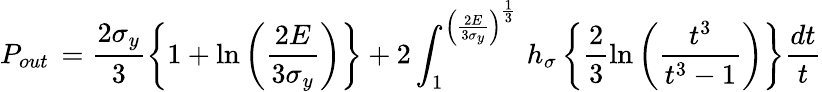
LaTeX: P_{out}\, =\frac{2\sigma_{y}}{3}\left\{ 1+\ln\left(\frac{2E}{3\sigma_{y}}\right)\right\} +2\int_{1}^{\left(\frac{2E}{3\sigma_{y}}\right)^{\frac{1}{3}}}\, h_{\sigma}\left\{ \frac{2}{3}\ln\left(\frac{t^{3}}{t^{3}-1}\right)\right\} \frac{dt}{t}